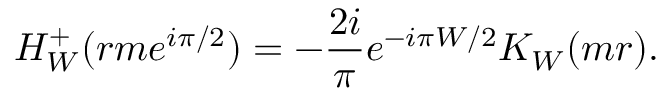
H _ { W } ^ { + } ( r m e ^ { i \pi / 2 } ) = - \frac { 2 i } { \pi } e ^ { - i \pi W / 2 } K _ { W } ( m r ) .